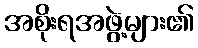
အစိုးရအဖွဲ့များ၏